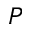
P